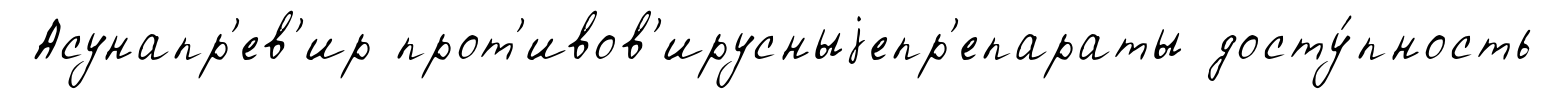
Асунапр'ев'ир прот'ивов'ирусныjепр'епараты досту́пность